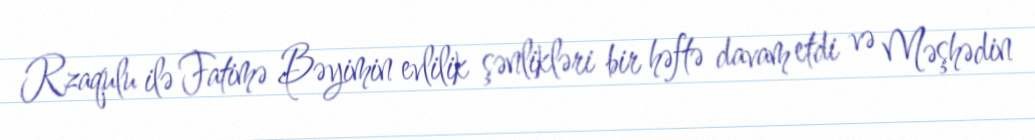
Rzaqulu ilə Fatimə Bəyimin evlilik şənlikləri bir həftə davam etdi və Məşhədin